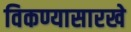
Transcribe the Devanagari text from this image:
विकण्यासारखे